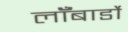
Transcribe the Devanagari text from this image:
लॉँबार्डो